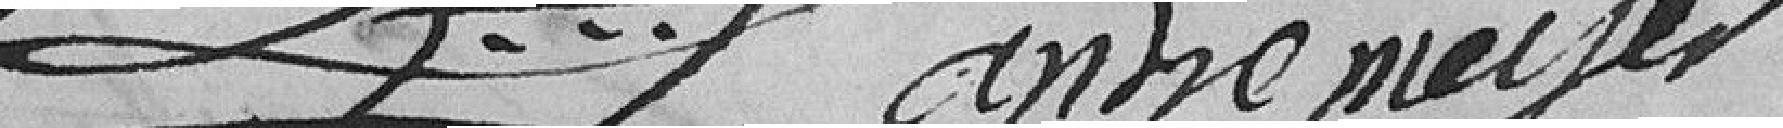
????????       anne meyer